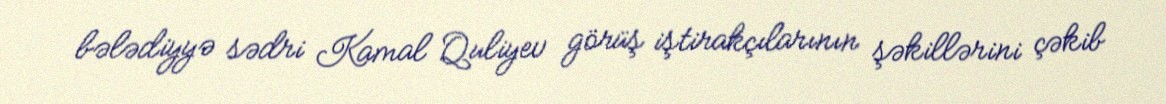
bələdiyyə sədri Kamal Quliyev görüş iştirakçılarının şəkillərini çəkib